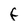
Character: f